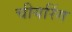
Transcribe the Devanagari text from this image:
चीयरिंग